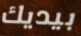
بيديك